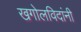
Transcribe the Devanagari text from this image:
खगोलविदांनी